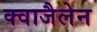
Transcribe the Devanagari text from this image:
क्वाजैलेन